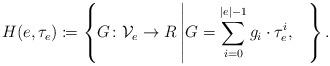
LaTeX: \begin{align*}H(e,\tau_e)\coloneqq \left\{G\colon \mathcal{V}_e\rightarrow R\left| G=\sum_{i=0}^{|e|-1}g_i\cdot\tau_e^i, \ \ \right.\right\}.\end{align*}